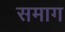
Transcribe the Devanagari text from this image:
समाग